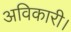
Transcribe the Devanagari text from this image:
अविकारी।